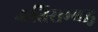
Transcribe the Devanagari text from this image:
अतिसम्बद्ध